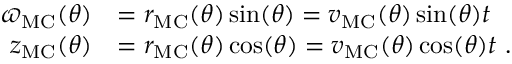
\begin{array} { r l } { \varpi _ { \mathrm { M C } } ( \theta ) } & { = r _ { \mathrm { M C } } ( \theta ) \sin ( \theta ) = v _ { \mathrm { M C } } ( \theta ) \sin ( \theta ) t } \\ { z _ { \mathrm { M C } } ( \theta ) } & { = r _ { \mathrm { M C } } ( \theta ) \cos ( \theta ) = v _ { \mathrm { M C } } ( \theta ) \cos ( \theta ) t \ . } \end{array}